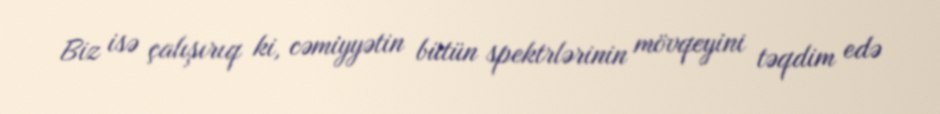
Biz isə çalışırıq ki, cəmiyyətin bütün spektrlərinin mövqeyini təqdim edə